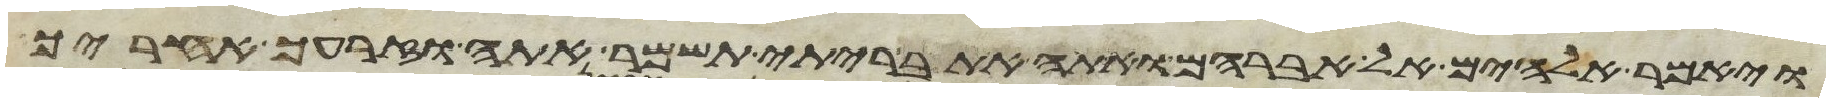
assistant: ויאמר אלהים אל אברהם ואתה את בריתי תשמר אתה וזרעך אחריך